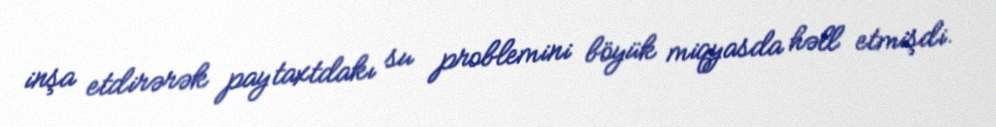
inşa etdirərək paytaxtdakı su problemini böyük miqyasda həll etmişdi.